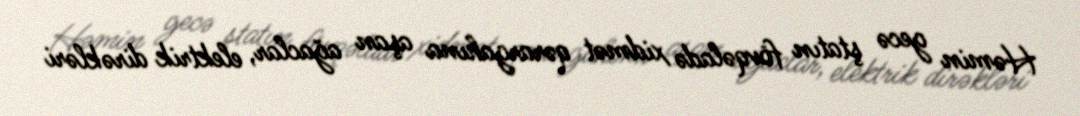
Həmin gecə ştatın fövqəladə xidmət qərargahına aşan ağaclar, elektrik dirəkləri